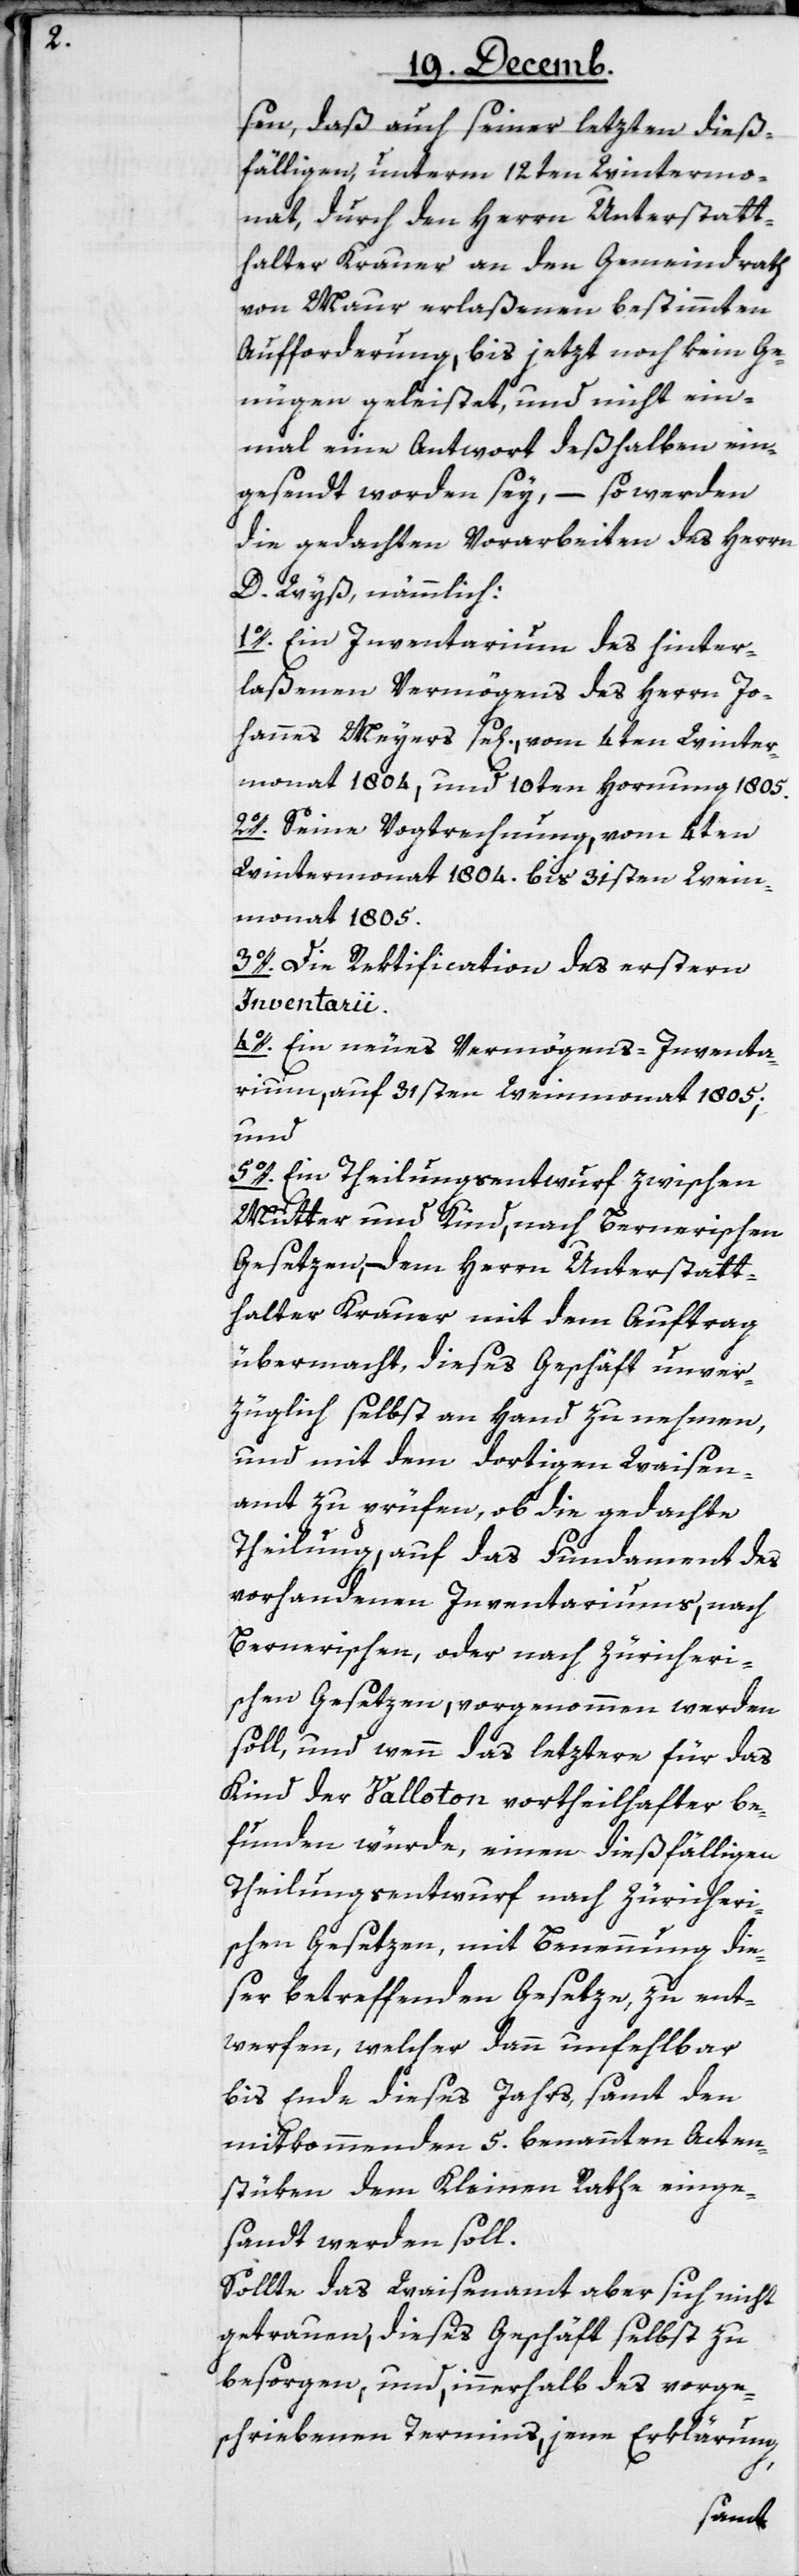
sen, daß auch seiner letzten dieß¬
fälligen, unterm 12ten Wintermo¬
nat, durch den Herrn Unterstatt¬
halter Krauer an den Gemeindrath
von Maur erlaßenen bestimmten
Aufforderung, bis jetzt noch kein Ge¬
nügen geleistet, und nicht ein¬
mal eine Antwort deßhalben ein¬
gesendet worden sey, – so werden
die gedachten Vorarbeiten des Herrn
D. Wyß, nämmlich:
1o. Ein Inventarium des hinter¬
laßenen Vermögens des Herrn Jo¬
hannes Meyers sel[igen], vom 4ten Winter¬
monat 1804, und 10ten Hornung 1805.
2o. Seine Vogtrechnung, vom 4ten
Wintermonat 1804. bis 31sten Wein¬
monat 1805.
3o. Die Rektification des erstern
Inventarii.
4o. Ein neues Vermögens-Inventa¬
rium, auf 31sten Weinmonat 1805;
und
5o. Ein Theilungsentwurf zwischen
Mutter und Kind, nach Bernerischen
Gesetzen, – dem Herrn Unterstatt¬
halter Krauer mit dem Auftrag
übermacht, dieses Geschäft unver¬
züglich selbst an Hand zu nehmen,
und mit dem dortigen Waisen¬
amt zu prüfen, ob die gedachte
Theilung, auf das Fundament des
vorhandenen Inventariums, nach
Bernerischen oder nach Zürcheri¬
schen Gesetzen, vorgenommen werden
soll, und wenn das letztere für das
Kind des Valloton vortheilhafter be¬
funden würde, einen dießfälligen
Theilungsentwurf nach Zürcheri¬
schen Gesetzen, mit Benennung die¬
ser betreffenden Gesetze, zu ent¬
werfen, welcher dann unfehlbar
bis Ende dieses Jahrs, samt den
mitkommenden 5. benannten Acten¬
stüken dem Kleinen Rathe einge¬
sandt werden soll.
Sollte das Waisenamt aber sich nicht
getrauen, dieses Geschäft selbst zu
besorgen, und, innerhalb des vorge¬
schriebenen Termins, jene Erklärung,